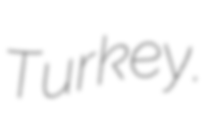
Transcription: Turkey.